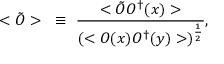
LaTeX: < \tilde { \cal O } > ~ \equiv ~ \frac { < \tilde { \cal O } { \cal O } ^ { \dag } ( x ) > } { ( < { \cal O } ( x ) { \cal O } ^ { \dag } ( y ) > ) ^ { \frac { 1 } { 2 } } } ,